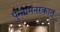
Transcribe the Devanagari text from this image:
पुन्नामनरकात्